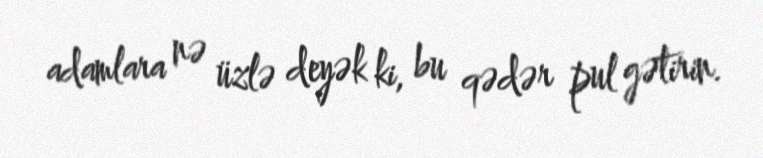
adamlara nə üzlə deyək ki, bu qədər pul gətirin.